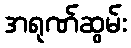
အရုဏ်ဆွမ်း